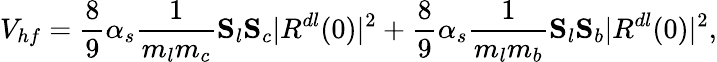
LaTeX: V_{hf}=\frac{8}{9}\alpha_{s}\frac{1}{m_{l}m_{c}}{\mathbf S}_{l}{\mathbf S}_{c}|R^{dl}(0)|^{2}+\frac{8}{9}\alpha_{s}\frac{1}{m_{l}m_{b}}{\mathbf S}_{l}{\mathbf S}_{b}|R^{dl}(0)|^{2},